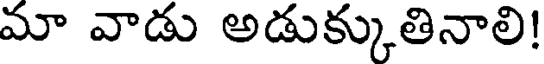
మా వాడు అడుక్కుతినాలి!